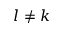
l \neq k